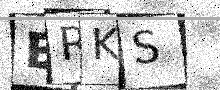
Text: ERKS